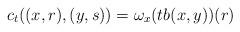
LaTeX: \begin{align*}c_t((x, r), (y, s)) = \omega_x(tb(x, y))(r)\end{align*}